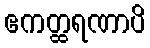
ဧကတ္ထရဏာပိ